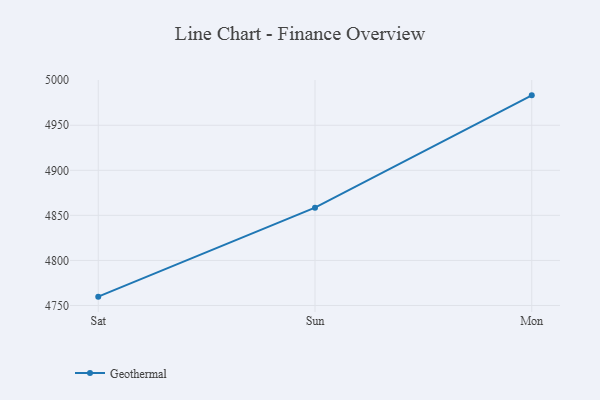
{"axis": {"x": "Day", "y": "Budget (USD K)"}, "legend": ["Geothermal"], "data": [{"x": "Sat", "y": 4759.8, "type": "Geothermal"}, {"x": "Sun", "y": 4858.5, "type": "Geothermal"}, {"x": "Mon", "y": 4983.2, "type": "Geothermal"}]}